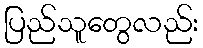
ပြည်သူတွေလည်း